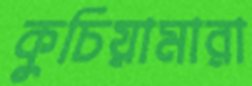
কুচিয়ামারা